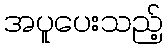
အပူပေးသည့်